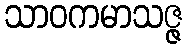
သာဝကမာသဇ္ဇ